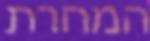
המחרת